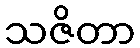
သဇိတာ